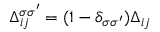
\Delta _ { i j } ^ { \sigma \sigma ^ { \prime } } = ( 1 - \delta _ { \sigma \sigma ^ { \prime } } ) \Delta _ { i j }